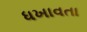
ધખાવતા